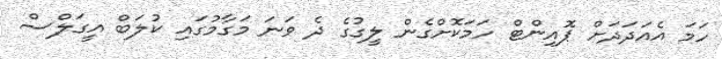
ހަމަ އެއަދަދަށް ޕޮއިންޓް ހަމަކޮށްގެން ލީގުގެ ދެ ވަނަ މަގާމުގައި ކުލަބް އީގަލްސް